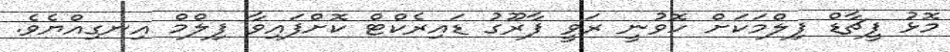
މޮޅު ފީޗާޑް ފިލްމަކަށް ހޮވުނީ ރަވީ ފާރޫގު ޑައިރެކްޓް ކޮށްފައިވާ ފިލްމް އިނގިއްޔެވެ.